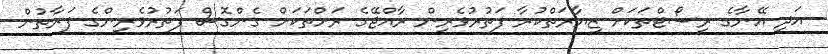
އަދި އޭނާގެ ރިސޯޓްތަކަށް ޒިޔާރަތްކުރާ ފަތުރުވެރިން ރާއްޖޭގެ ރަށްތަކަށް ގެންގޮސް ފަތުރުވެރިންގެ ފަރާތުން